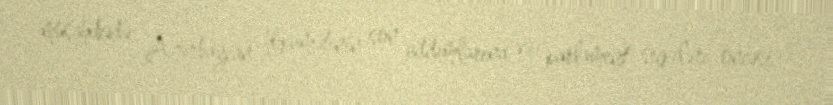
müsahibədə Azərbaycan hökumətinin son addımlarına və parlament seçkiləri öncəsi